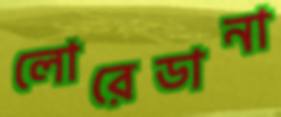
লোরেডানা